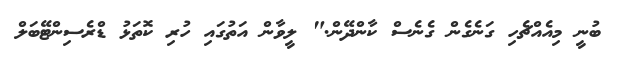
ބުނީ މިއެއްޗެހި ގަނެގެން ގެނެސް ކާންދޭން." ލީވާން އަތުގައި ހުރި ކޮތަޅު ޑްރެސިންޓޭބަލް